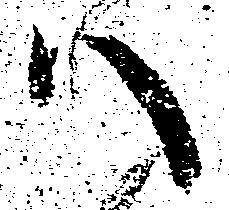
ハ